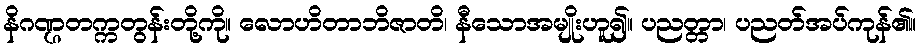
နိဂဏ္ဌတက္ကတွန်းတို့ကို။ လောဟိတာဘိဇာတိ၊ နီသောအမျိုးဟူ၍။ ပညတ္တာ၊ ပညတ်အပ်ကုန်၏။